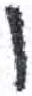
אות: ו